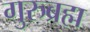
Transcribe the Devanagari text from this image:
गुरुब्रह्म